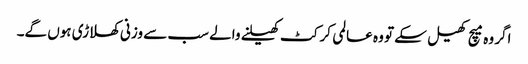
اگر وہ میچ کھیل سکے تو وہ عالمی کرکٹ کھیلنے والے سب سے وزنی کھلاڑی ہوں گے۔